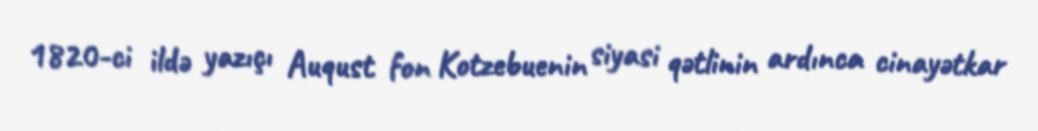
1820-ci ildə yazıçı Auqust fon Kotzebuenin siyasi qətlinin ardınca cinayətkar